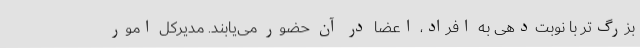
بزرگ‌تر با نوبت‌دهی به افراد، اعضا در آن حضور می‌یابند. مدیرکل امور